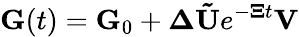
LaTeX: \mathbf{G}(t)=\mathbf{G}_{0}+\mathbf{\Delta}\mathbf{\tilde{U}}e^{-\mathbf{\Xi}t}\mathbf{V}